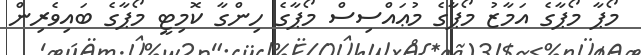
މޯޕާ މޯޕާގެ އަމާޒު މޯޕާގެ މުޢައްސިސް މޯޕާގެ ހިންގާ ކޮމިޓީ މޯޕާގެ ބައިވެރިން